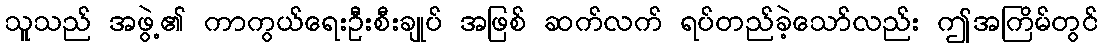
သူသည် အဖွဲ့၏ ကာကွယ်ရေးဦးစီးချုပ် အဖြစ် ဆက်လက် ရပ်တည်ခဲ့သော်လည်း ဤအကြိမ်တွင်